Annual report on the Civil Veterinary Department, Burma (including the Insein Veterinary School) - 1923-1931
Year: 1923
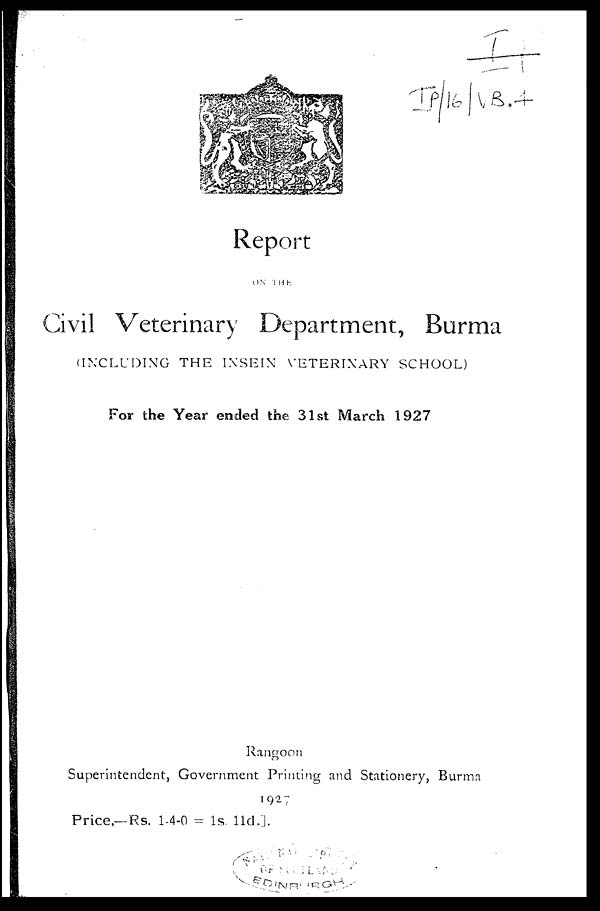
Report
ON THE
Civil Veterinary Department, Burma
(INCLUDING THE INSEIN VETERINARY SCHOOL)
For the Year ended the 31st March 1927
Rangoon
Superintendent, Government Printing and Stationery, Burma
1927
Price,—Rs. 1-4-0 = 1s. 11d.].